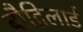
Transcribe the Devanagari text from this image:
बौद्रिलार्ड